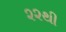
૨૨થી